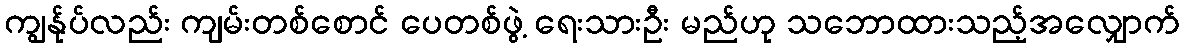
ကျွန်ုပ်လည်း ကျမ်းတစ်စောင် ပေတစ်ဖွဲ့ ရေးသားဦး မည်ဟု သဘောထားသည့်အလျှောက်